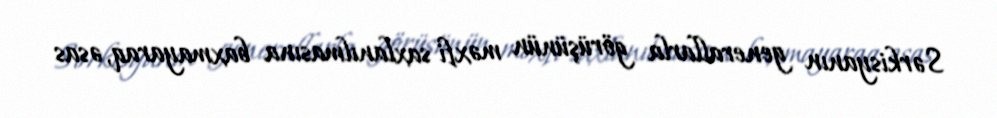
Sərkisyanın generallarla görüşünün məxfi saxlanılmasına baxmayaraq, əsas